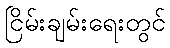
ငြိမ်းချမ်းရေးတွင်